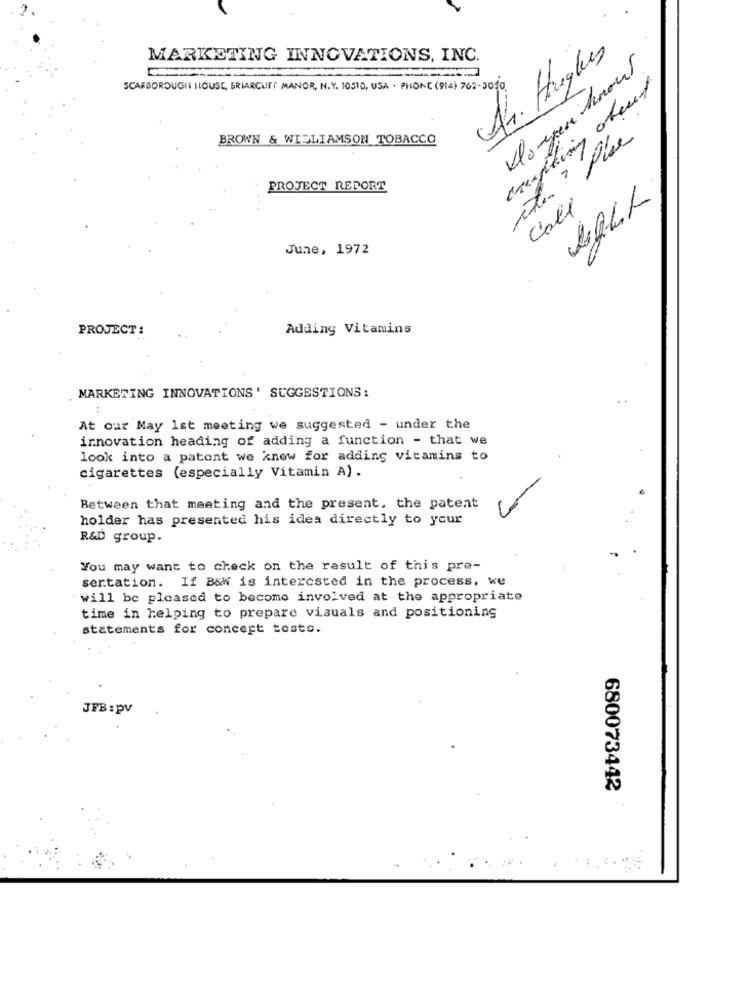
MARKETING INNOVATIONS, INC.
As. Hughes
crafting chent
SCARBOROUGHI HOUSE, BRIARCUITS MANOR, N.Y. 10510, USA . PHONE (914) 762-3050
BROWN & WILLIAMSON TOBACCO
PROJECT REPORT
. ...
Cali
June, 1972
PROJECT:
Adding Vitamins
MARKETING INNOVATIONS' SUGGESTIONS:
At our May 1st meeting we suggested - under the
innovation heading of adding a function - that we
look into a patent we knew for adding vitamins to
cigarettes (especially Vitamin A) .
Between that meeting and the present. the patent
holder has presented his idea directly to your
R&D group.
You may want to check on the result of this pre-
sertation. If B&W is interested in the process, we
will be pleased to become involved at the appropriate
time in helping to prepare visuals and positioning
statements for concert tosto.
JFB :pv
680073442